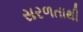
સરળતાથી